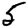
Digit: 5